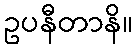
ဥပနီတာနိ။